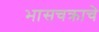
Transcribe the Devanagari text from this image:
भासचक्राचे